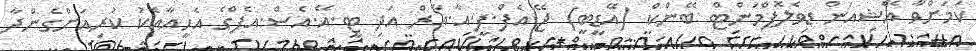
ކަމަށްވާ އޭޝިއަން ޑިވެލޮޕްމަންޓް ބޭންކް (އޭޑީބީ) ޖޭ.އެފް.ފީ.އާ.އާރް އަދި ޓީ.އޭ.އެސް.އެފްގެ އެހީއާއެކު ކުރިއަށްގެންދާ